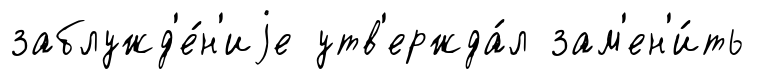
заблужд'е́н'иjе утв'ержда́л зам'ен'и́ть